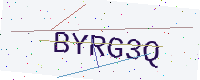
Text: BYRG3Q